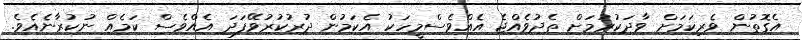
އެގޮތުން ވެރިކަމަށް ވާދަކުރުމަށް ތެދުވެއްޖެ އެއްވެސްމީހަކު އެކަމުން ދުރުކުރުވޭފަދަ އެއްވެސް ކަމެއް ނުކުރާނެއެވެ.